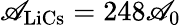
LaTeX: \mathscr{A}_{\mathrm{{{LiCs}}}}=248\mathscr{A}_{0}